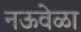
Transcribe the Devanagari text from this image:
नऊवेळा